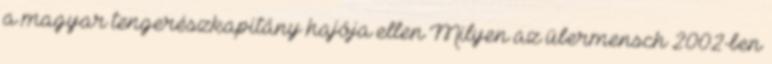
a magyar tengerészkapitány hajója ellen Milyen az übermensch 2002-ben